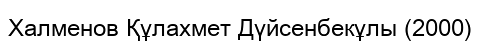
Халменов Құлахмет Дүйсенбекұлы (2000)